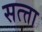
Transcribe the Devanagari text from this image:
सत्त्ता